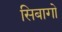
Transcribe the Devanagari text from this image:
सिबागो